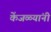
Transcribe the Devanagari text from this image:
केंजळ्यांनी